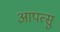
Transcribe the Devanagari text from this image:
आपत्सु